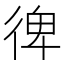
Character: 𢔌